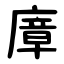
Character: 㢓